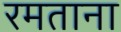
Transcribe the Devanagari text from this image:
रमताना